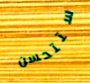
ستتحسن